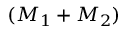
( M _ { 1 } + M _ { 2 } )